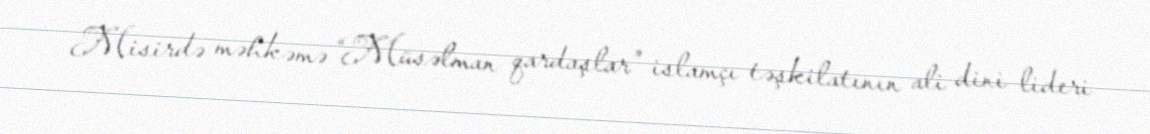
Misirdə məhkəmə “Müsəlman qardaşlar” islamçı təşkilatının ali dini lideri